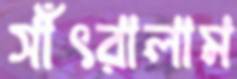
সাঁৎরালাম